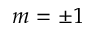
m = \pm 1